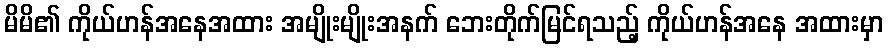
မိမိ၏ ကိုယ်ဟန်အနေအထား အမျိုးမျိုးအနက် ဘေးတိုက်မြင်ရသည့် ကိုယ်ဟန်အနေ အထားမှာ